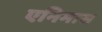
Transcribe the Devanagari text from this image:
एनिमास